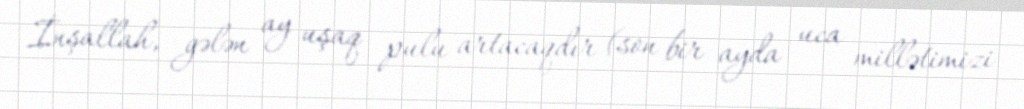
İnşallah, gələn ay uşaq pulu artacaqdır (son bir ayda uca millətimizi